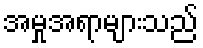
အမှုအရာများသည်